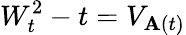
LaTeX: W_{t}^{2}-t=V_{\mathbf{A}(t)}